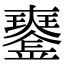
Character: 𤫍